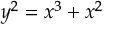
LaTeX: y ^ { 2 } = x ^ { 3 } + x ^ { 2 }